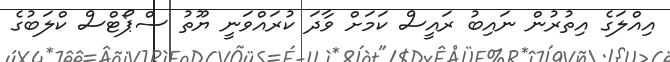
އިއްލަގެ އިތުރުން ނައިބު ރައީސް ކަމަށް ވާދަ ކުރައްވަނީ ޔޫތު ސްޕޯޓްސް ކްލަބުގެ